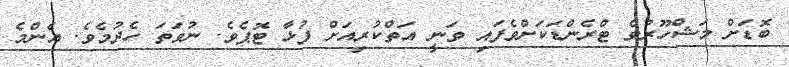
ބޮޑަށް މަޝްހޫރުވެ ޓްރެންޑަކަށްވެފައި ވަނީ އަތްކުރިއަށް ފުޅާ ޓޮޕެވެ. ނުވަތަ ހެދުމެވެ. އެންމެ